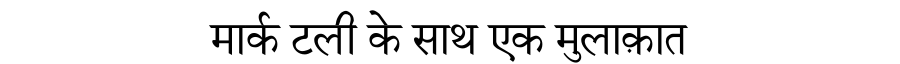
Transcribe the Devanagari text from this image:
मार्क टली के साथ एक मुलाक़ात